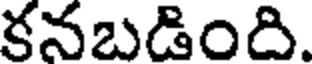
కనబడింది.